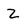
Character: Z